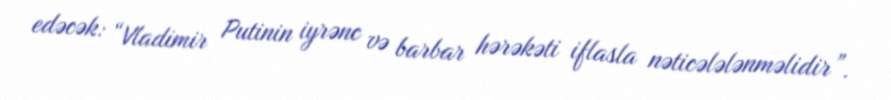
edəcək: “Vladimir Putinin iyrənc və barbar hərəkəti iflasla nəticələlənməlidir”.